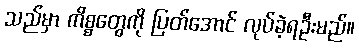
သည်မှာ ကိစ္စတွေကို ပြတ်အောင် လုပ်ခဲ့ရဦးမည်။